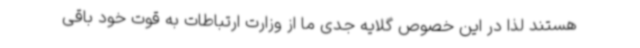
هستند لذا در این خصوص گلایه جدی ما از وزارت ارتباطات به قوت خود باقی